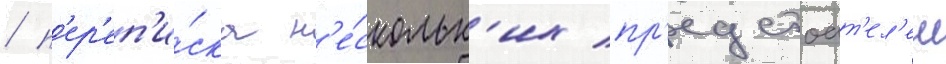
/ п'ер'еп'и́ска н'е́скольк'их пр'едстоат'ел'еи